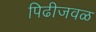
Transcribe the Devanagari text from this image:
पिढीजवळ